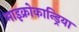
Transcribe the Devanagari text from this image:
माइक्रोकान्ड्रिया